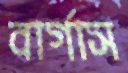
বার্গাস